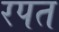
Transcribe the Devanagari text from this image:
रपत